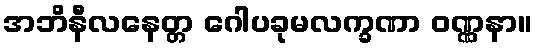
အဘိနီလနေတ္တ ဂေါပခုမလက္ခဏာ ဝဏ္ဏနာ။